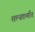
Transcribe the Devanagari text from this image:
शल्यकर्मात